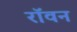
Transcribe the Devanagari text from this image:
रॉवन